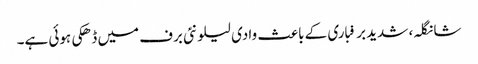
شانگلہ، شدید برفباری کے باعث وادی لیلونئی برف میں ڈھکی ہوئی ہے۔